Report on vaccination in Madras 1904-1921 - 1904-1921
Year: 1904
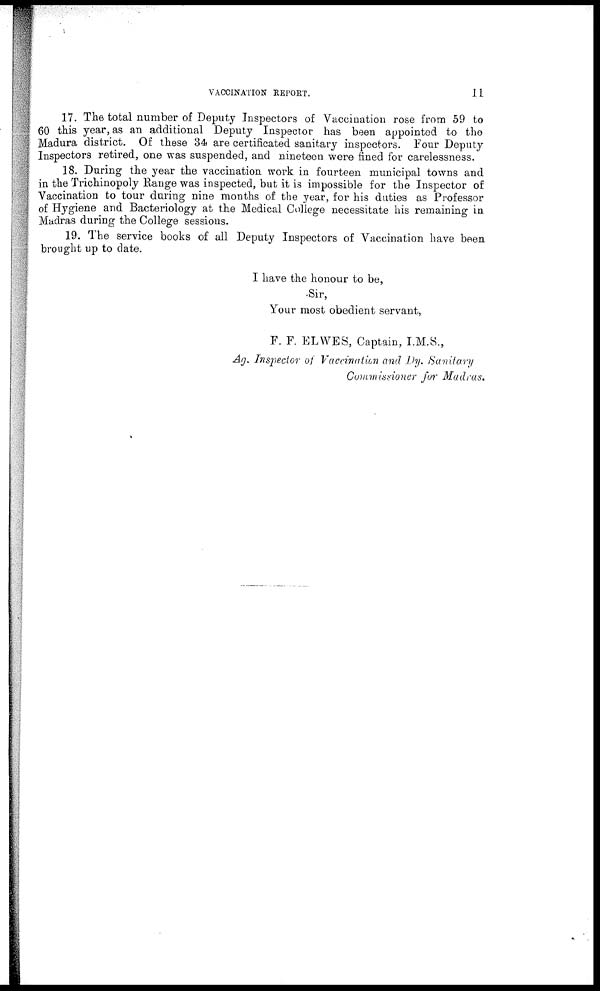
VACCINATION REPORT.
11
17. The total number of Deputy Inspectors of Vaccination rose from 59 to
60 this year, as an additional Deputy Inspector has been appointed to the
Madura district. Of these 34 are certificated sanitary inspectors. Four Deputy
Inspectors retired, one was suspended, and nineteen were fined for carelessness.
18. During the year the vaccination work in fourteen municipal towns and
in the Trichinopoly Range was inspected, but it is impossible for the Inspector of
Vaccination to tour during nine months of the year, for his duties as Professor
of Hygiene and Bacteriology at the Medical College necessitate his remaining in
Madras during the College sessions.
19. The service books of all Deputy Inspectors of Vaccination have been
brought up to date.
I have the honour to be,
Sir,
Your most obedient servant,
F. F. ELWES, Captain, I.M.S.,
Ag. Inspector of Vaccination and Dy. Sanitary
Commissioner for Madras.